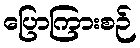
ပြောကြားစဉ်